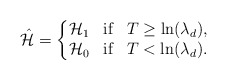
\begin{align*} \hat{\mathcal{H}}= \left\{\begin{matrix}\mathcal{H}_1 & \textrm{if}& T\geq \ln(\lambda_d),\\ \mathcal{H}_0 &\textrm{if}& T <\ln(\lambda_d).\end{matrix}\right.\end{align*}